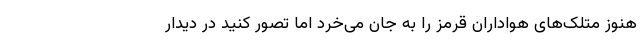
هنوز متلک‌های هواداران قرمز را به جان می‌خرد اما تصور کنید در دیدار